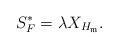
LaTeX: \begin{align*}S_F^*=\lambda X_{H_\mathfrak{m}}.\end{align*}